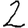
Digit: 2